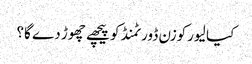
کیا لیورکوزن ڈورٹمنڈ کو پیچھے چھوڑ دے گا؟